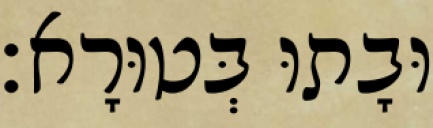
וּבָתוּ בְּטוּרָא׃